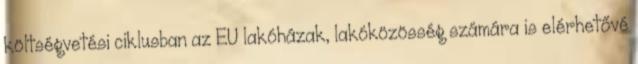
költségvetési ciklusban az EU lakóházak, lakóközösség számára is elérhetővé